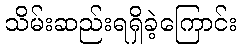
သိမ်းဆည်းရရှိခဲ့ကြောင်း